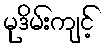
မုဒိမ်းကျင့်